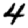
Digit: 4